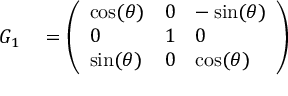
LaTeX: \begin{array} { r l } { G _ { 1 } } & { { } = { \left( \begin{array} { l l l } { \cos ( \theta ) } & { 0 } & { - \sin ( \theta ) } \\ { 0 } & { 1 } & { 0 } \\ { \sin ( \theta ) } & { 0 } & { \cos ( \theta ) } \end{array} \right) } } \end{array}